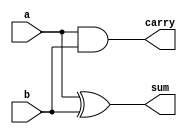
/* Design of the half adder circuit
		  ---------
      A--------->|	   |---------> Sum
		 |    HA   |
      B--------->|         |---------> carry	
		  ---------

Inputs A and B 
Ouputs Sum and Carry

Half adder Truth table

		A	B	Sum	Carry
		
		0	0	0	0
		0	1	1	0
		1	0	1	0
		1	1	0	1
*/

module half_adder(	input a,
			input b,
			output sum,
			output carry);
assign sum = a ^ b;
assign carry = a & b;

endmodule